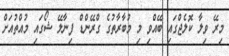
މިރޭ ވިލާ ކޮލެޖްގައި ބޭއްވި މި މުބާރާތުގެ ގްރޭންޑް ފިނާލޭ ޝޯގައި މުއްތުއަށް